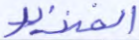
الخنزير